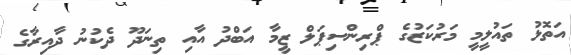
އަތޮޅު ތައުލީމީ މަރުކަޒުގެ ޕްރިންސިޕަލް ޒީމާ އަބްދު އާއި ތިނަދޫ ދެކުނު ދާއިރާގެ